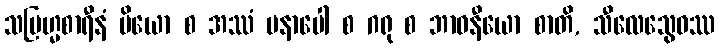
သဗြဟ္မစာရီနံ ပိယော စ အဿံ မနာပေါ စ ဂရု စ ဘာဝနီယော စာတိ, သီလေသွေဝဿ